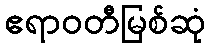
ဧရာဝတီမြစ်ဆုံ